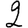
Digit: 2